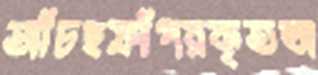
আঁচছফাঁপরকৃতজ